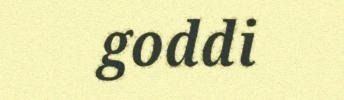
goddi